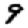
Digit: 9